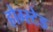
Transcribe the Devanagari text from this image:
होम्स्टेड